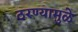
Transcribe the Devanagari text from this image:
ठरण्यामुळे